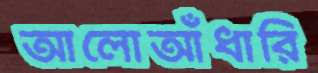
আলোআঁধারি